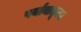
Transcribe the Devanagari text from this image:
पर्यायातूनच